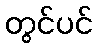
တွင်ပင်